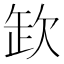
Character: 欫